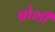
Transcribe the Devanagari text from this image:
ब्रोशी